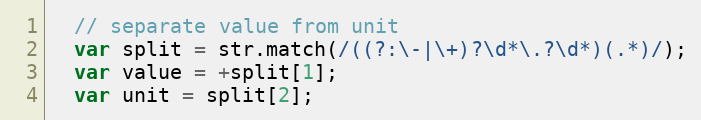
Language: JavaScript
  // separate value from unit
  var split = str.match(/((?:\-|\+)?\d*\.?\d*)(.*)/);
  var value = +split[1];
  var unit = split[2];